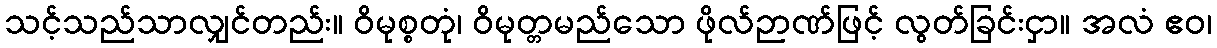
သင့်သည်သာလျှင်တည်း။ ဝိမုစ္စတုံ၊ ဝိမုတ္တမည်သော ဖိုလ်ဉာဏ်ဖြင့် လွတ်ခြင်းငှာ။ အလံ ဧဝ၊